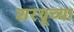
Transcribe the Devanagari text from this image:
शरयूच्या